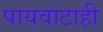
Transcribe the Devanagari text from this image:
पायवाटाही